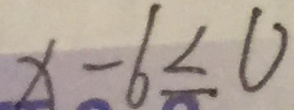
x - 6 \leq 0